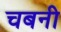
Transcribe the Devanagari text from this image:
चबनी